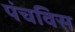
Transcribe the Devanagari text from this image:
पंचविस